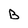
Character: B